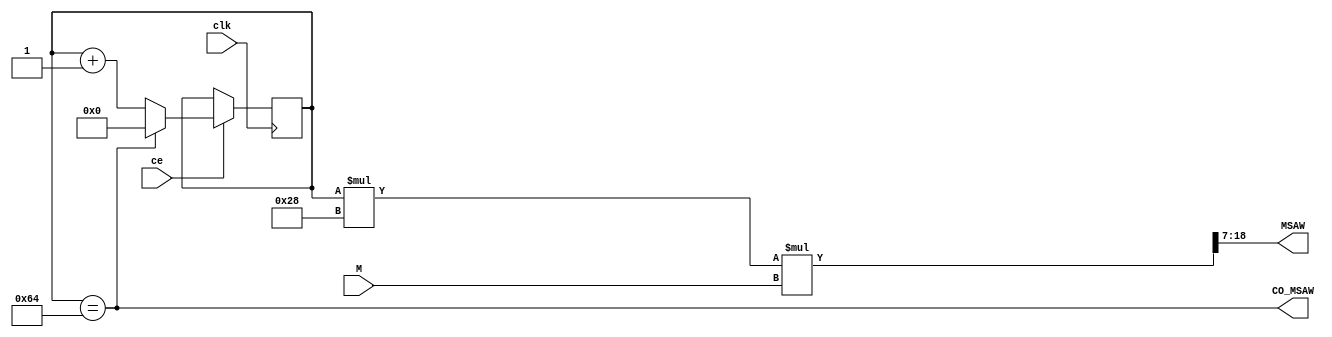
module AGN_MSAW(input ce, output wire [11:0] MSAW,
                input clk, output wire CO_MSAW,
                input [7:0] M);

  parameter NP=100 ;//
  parameter AMP=4000 ;//
  parameter k=(AMP/NP);

  reg [6:0]cb_NP=0 ;
  assign CO_MSAW = (cb_NP==NP);
  wire [11:0]SAW = cb_NP*k ;

  always @ (posedge clk) if (ce) begin
    cb_NP <= CO_MSAW? 0 : cb_NP+1 ;
  end

  wire [19:0]MkSAW=SAW*M ;
  assign MSAW= MkSAW>>7;

endmodule